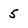
Character: 5